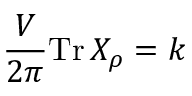
\frac { V } { 2 \pi } \mathrm { T r } \, X _ { \rho } = k